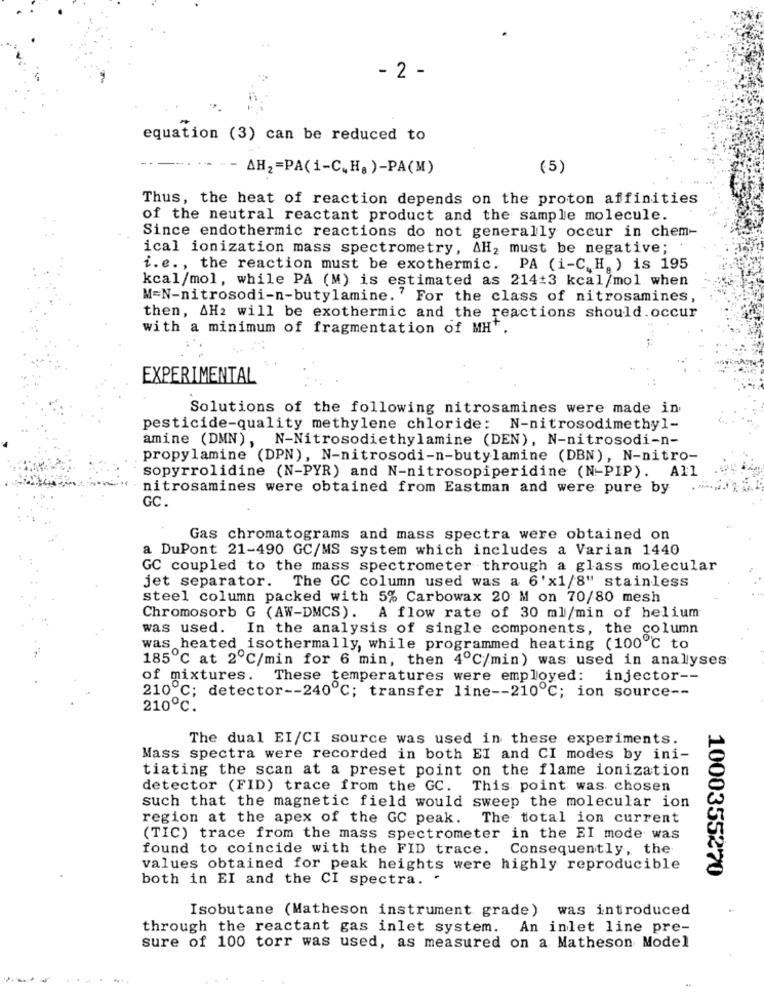
- 2 -
equation (3) can be reduced to
AH2 =PA(1-C. H.)-PA(M)
(5)
Thus, the heat of reaction depends on the proton affinities
of the neutral reactant product and the sample molecule.
Since endothermic reactions do not generally occur in chem-
ical ionization mass spectrometry, AH, must be negative;
i. e. , the reaction must be exothermic. PA (i-C.H. ) is 195
kcal/mol, while PA (M) is estimated as 214#3 kcal/mol when
M=N-nitrosodi-n-butylamine.' For the class of nitrosamines,
then, AH2 will be exothermic and the reactions should.occur
with a minimum of fragmentation of MH.
EXPERIMENTAL
Solutions of the following nitrosamines were made in
pesticide-quality methylene chloride: N-nitrosodimethyl-
amine (DMN), N-Nitrosodiethylamine (DEN), N-nitrosodi-n-
propylamine (DPN), N-nitrosodi-n-butylamine (DBN), N-nitro-
sopyrrolidine (N-PYR) and N-nitrosopiperidine (N-PIP). All
nitrosamines were obtained from Eastman and were pure by
GC.
Gas chromatograms and mass spectra were obtained on
a DuPont 21-490 GC/MS system which includes a Varian 1440
GC coupled to the mass spectrometer through a glass molecular
jet separator. The GC column used was a 6'x1/8" stainless
steel column packed with 5% Carbowax 20 M on 70/80 mesh
Chromosorb G (AW-DMCS). A flow rate of 30 ml/min of helium
was used. In the analysis of single components, the column
was heated isothermally, while programmed heating (100℃ to
185℃ at 2℃/min for 6 min, then 4℃/min) was used in analyses
of mixtures. These temperatures were employed: injector --
210 ℃; detector -- 240℃; transfer line -- 210℃; ion source --
210℃.
The dual EI/CI source was used in these experiments.
Mass spectra were recorded in both EI and CI modes by ini-
tiating the scan at a preset point on the flame ionization
detector (FID) trace from the GC.
This point was chosen
such that the magnetic field would sweep the molecular ion
region at the apex of the GC peak.
The total ion current
(TIC) trace from the mass spectrometer in the EI mode was
found to coincide with the FID trace.
Consequently, the
values obtained for peak heights were highly reproducible
1000355270
both in EI and the CI spectra. .
Isobutane (Matheson instrument grade) was introduced
through the reactant gas inlet system. An inlet line pre-
sure of 100 torr was used, as measured on a Matheson Model